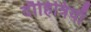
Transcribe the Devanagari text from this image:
दौहित्रियाँ